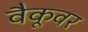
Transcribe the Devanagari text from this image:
वैकूवर